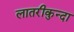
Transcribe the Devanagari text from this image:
लातरीकुन्दा